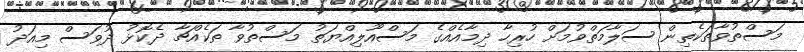
މަސްތުވާތަކެތިން ސަލާމަތްވުމަށް ހުރިހާ ދިމާއެއްގެ މަސްއޫލިއްޔަތު މަސްތުވާ ތަކެއްޗާ ދެކޮޅު ދުވަސް މިއަދު